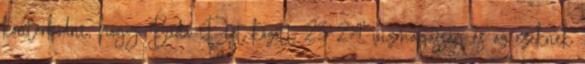
kontárkodni, hogy Buda-Pest között 23-24’ vízmagasság és az ezeknek